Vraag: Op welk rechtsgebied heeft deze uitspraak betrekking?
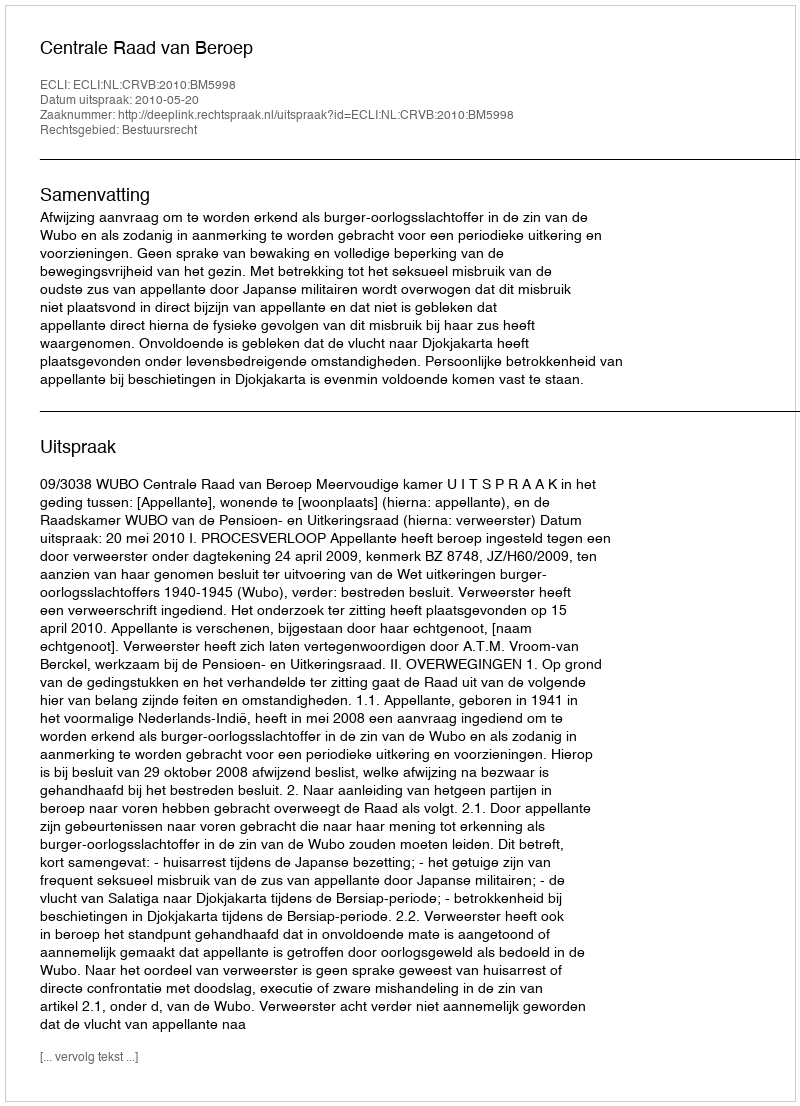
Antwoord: Bestuursrecht